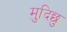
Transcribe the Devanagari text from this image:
मुदिछु